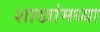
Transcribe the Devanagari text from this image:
शाखांमध्या